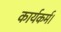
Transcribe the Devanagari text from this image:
कार्यकर्म।